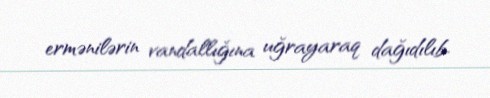
ermənilərin vandallığına uğrayaraq dağıdılıb.